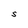
Character: S